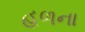
હળના